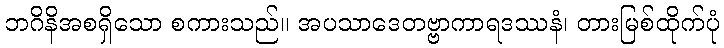
ဘဂိနိအစရှိသော စကားသည်။ အပသာဒေတဗ္ဗာကာရဒဿနံ၊ တားမြစ်ထိုက်ပုံ